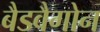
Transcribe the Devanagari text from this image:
बैडवैगोन